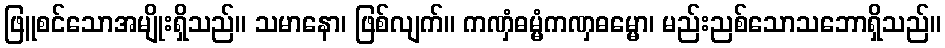
ဖြူစင်သောအမျိုးရှိသည်။ သမာနော၊ ဖြစ်လျက်။ ကဏှံဓမ္မံကဏှဓမ္မော၊ မည်းညစ်သောသဘောရှိသည်။